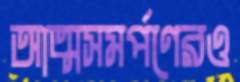
আত্মসমর্পণেরও